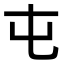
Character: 屯